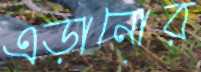
এড়ানোর